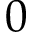
0